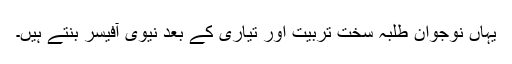
یہاں نوجوان طلبہ سخت تربیت اور تیاری کے بعد نیوی آفیسر بنتے ہیں۔